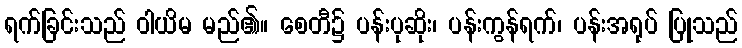
ရက်ခြင်းသည် ဝါယိမ မည်၏။ စေတီ၌ ပန်းပုဆိုး၊ ပန်းကွန်ရက်၊ ပန်းအရုပ် ပြုသည်